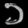
Digit: ၁